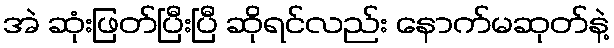
အဲ ဆုံးဖြတ်ပြီးပြီ ဆိုရင်လည်း နောက်မဆုတ်နဲ့